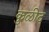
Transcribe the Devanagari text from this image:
कुळीद